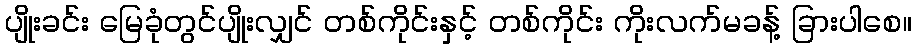
ပျိုးခင်း မြေခုံတွင်ပျိုးလျှင် တစ်ကိုင်းနှင့် တစ်ကိုင်း ကိုးလက်မခန့် ခြားပါစေ။